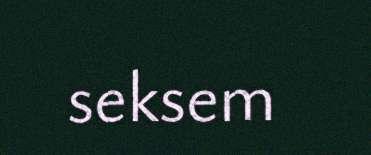
seksem